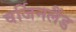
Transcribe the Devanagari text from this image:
वर्जिनलैंड